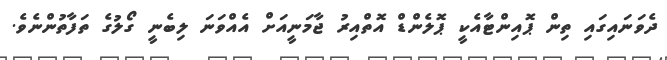
ދެވަނައިގައި ތިން ޕޮއިންޓާއެކީ ޕޮލެންޑް އޮތްއިރު ޖާމަނީއަށް އެއްވަނަ ލިބެނީ ގޯލުގެ ތަފާތުންނެވެ.